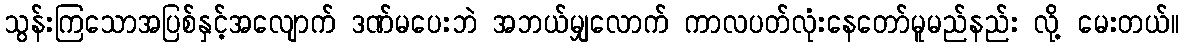
သွန်းကြသောအပြစ်နှင့်အလျောက် ဒဏ်မပေးဘဲ အဘယ်မျှလောက် ကာလပတ်လုံးနေတော်မူမည်နည်း လို့ မေးတယ်။